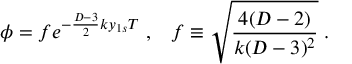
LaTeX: \phi = f e ^ { - \frac { D - 3 } { 2 } k y _ { 1 s } T } \; , \; \; \; f \equiv \sqrt { \frac { 4 ( D - 2 ) } { k ( D - 3 ) ^ { 2 } } } \; .